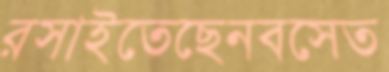
রসাইতেছেনবসেত